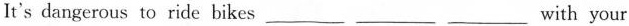
It's dangerous to ride bikes___ ___ ___ with your